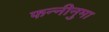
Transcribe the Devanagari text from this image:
फन्नीनुमा